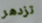
تزدهر